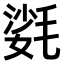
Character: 𣯌